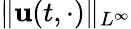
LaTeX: \| \mathbf{u}(t,\cdot)\| _{L^{\infty}}